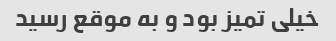
خیلی تمیز بود و به موقع رسید